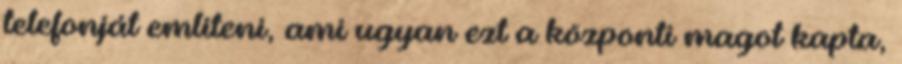
telefonját említeni, ami ugyan ezt a központi magot kapta,